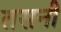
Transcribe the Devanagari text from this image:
तसनी